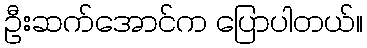
ဦးဆက်အောင်က ပြောပါတယ်။